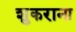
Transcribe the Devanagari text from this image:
शुकराना